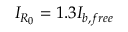
I _ { R _ { 0 } } = 1 . 3 I _ { b , f r e e }